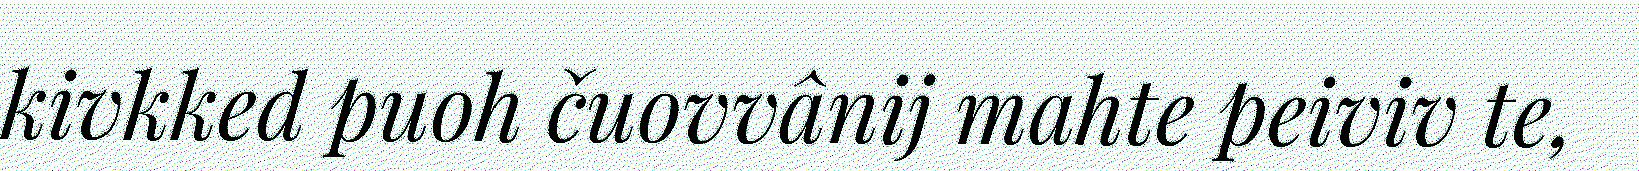
kivkked puoh čuovvânij mahte peiviv te,